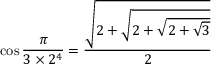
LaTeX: \cos { \frac { \pi } { 3 \times 2 ^ { 4 } } } = { \frac { \sqrt { 2 + { \sqrt { 2 + { \sqrt { 2 + { \sqrt { 3 } } } } } } } } { 2 } }